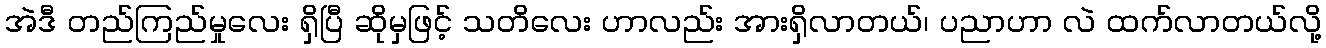
အဲဒီ တည်ကြည်မှုလေး ရှိပြီ ဆိုမှဖြင့် သတိလေး ဟာလည်း အားရှိလာတယ်၊ ပညာဟာ လဲ ထက်လာတယ်လို့